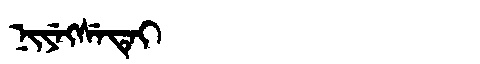
Manchu: ᠨᡳᠶᡝᡴᠰᡝᡨᡝᡳ
Romanization: NIYEKSETEI